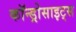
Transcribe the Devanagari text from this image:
कॉन्ड्रोसाइट्स